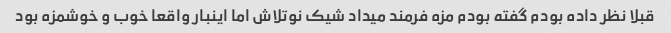
قبلا نظر داده بودم گفته بودم مزه فرمند میداد شیک نوتلاش اما اینبار واقعا خوب و خوشمزه بود